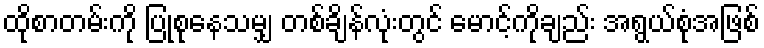
ထိုစာတမ်းကို ပြုစုနေသမျှ တစ်ချိန်လုံးတွင် မောင့်ကိုချည်း အရွယ်စုံအဖြစ်